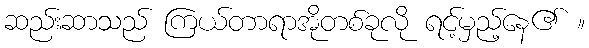
ဆည်းဆာသည် ကြယ်တာရာအိုတစ်ခုလို ရင့်မှည့်နေ၏ ။